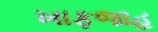
ખાફજાહ